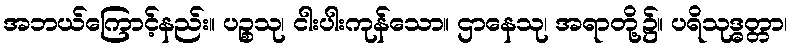
အဘယ်ကြောင့်နည်း။ ပဉ္စသု၊ ငါးပါးကုန်သော။ ဌာနေသု၊ အရာတို့၌။ ပရိသုဒ္ဓတ္တာ၊